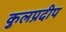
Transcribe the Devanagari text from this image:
कुलप्रदीप